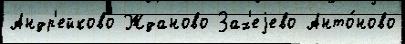
Андр'ейково Жданово Зах'еjево Анто́ново